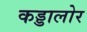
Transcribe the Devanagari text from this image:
कड्डालोर